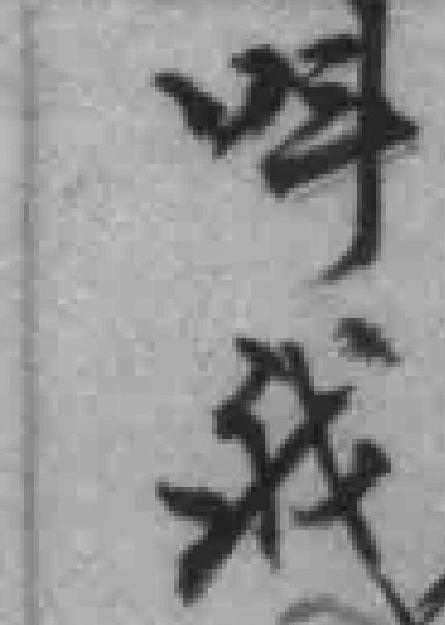
呌我